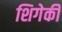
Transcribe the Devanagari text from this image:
शिगेकी